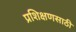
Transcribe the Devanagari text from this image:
प्रशिक्षणसाठी